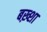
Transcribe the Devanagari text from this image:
बख़्शा